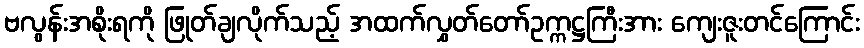
ဗလွန်းအစိုးရကို ဖြုတ်ချလိုက်သည့် အထက်လွှတ်တော်ဥက္ကဋ္ဌကြီးအား ကျေးဇူးတင်ကြောင်း